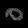
Digit: ၀